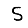
Digit: 5